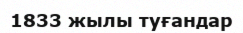
1833 жылы туғандар